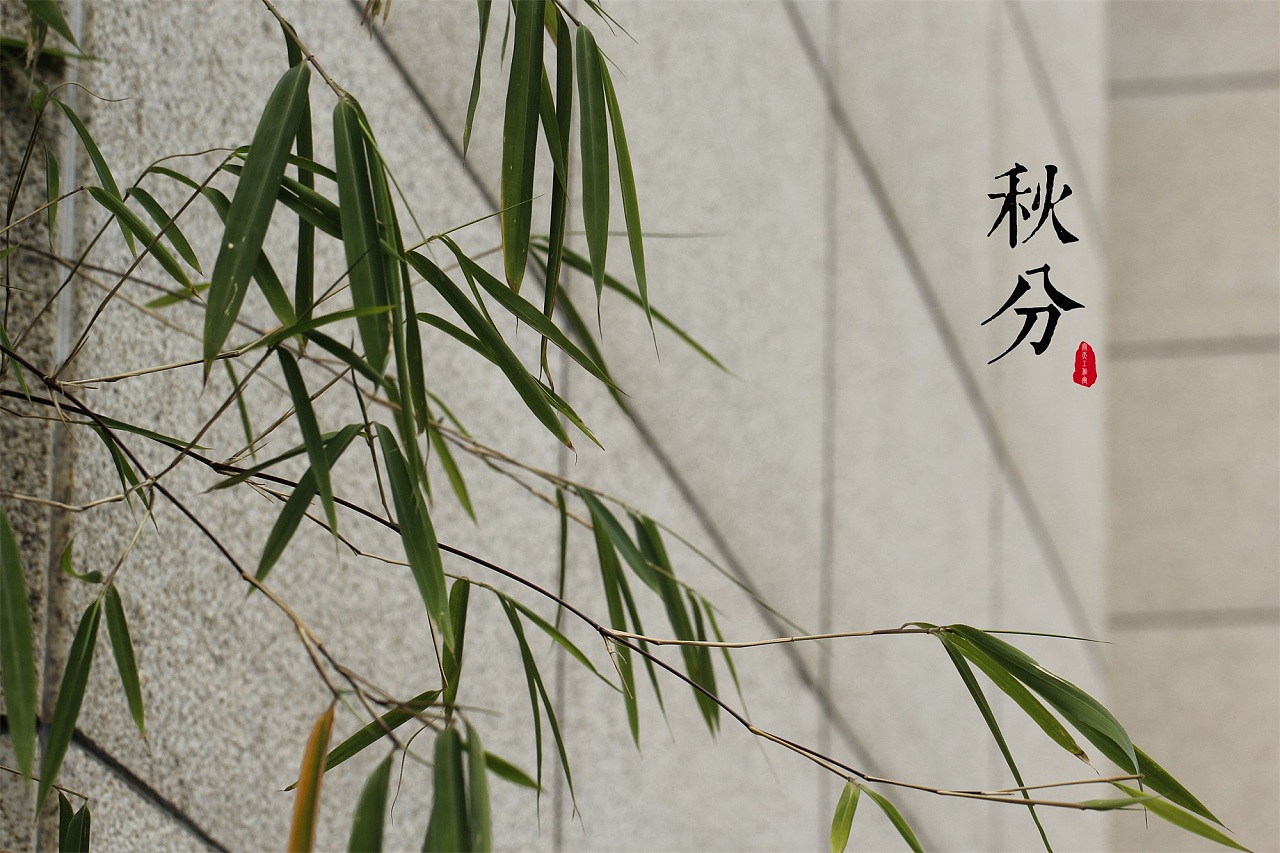
浓雾知秋晨气润，薄云遮日午阴凉，不须飞盖护戎装。